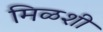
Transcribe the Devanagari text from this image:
मिळशी